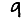
Digit: 9